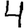
Digit: 4